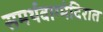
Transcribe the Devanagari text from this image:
समर्थवाग्मंदिरात